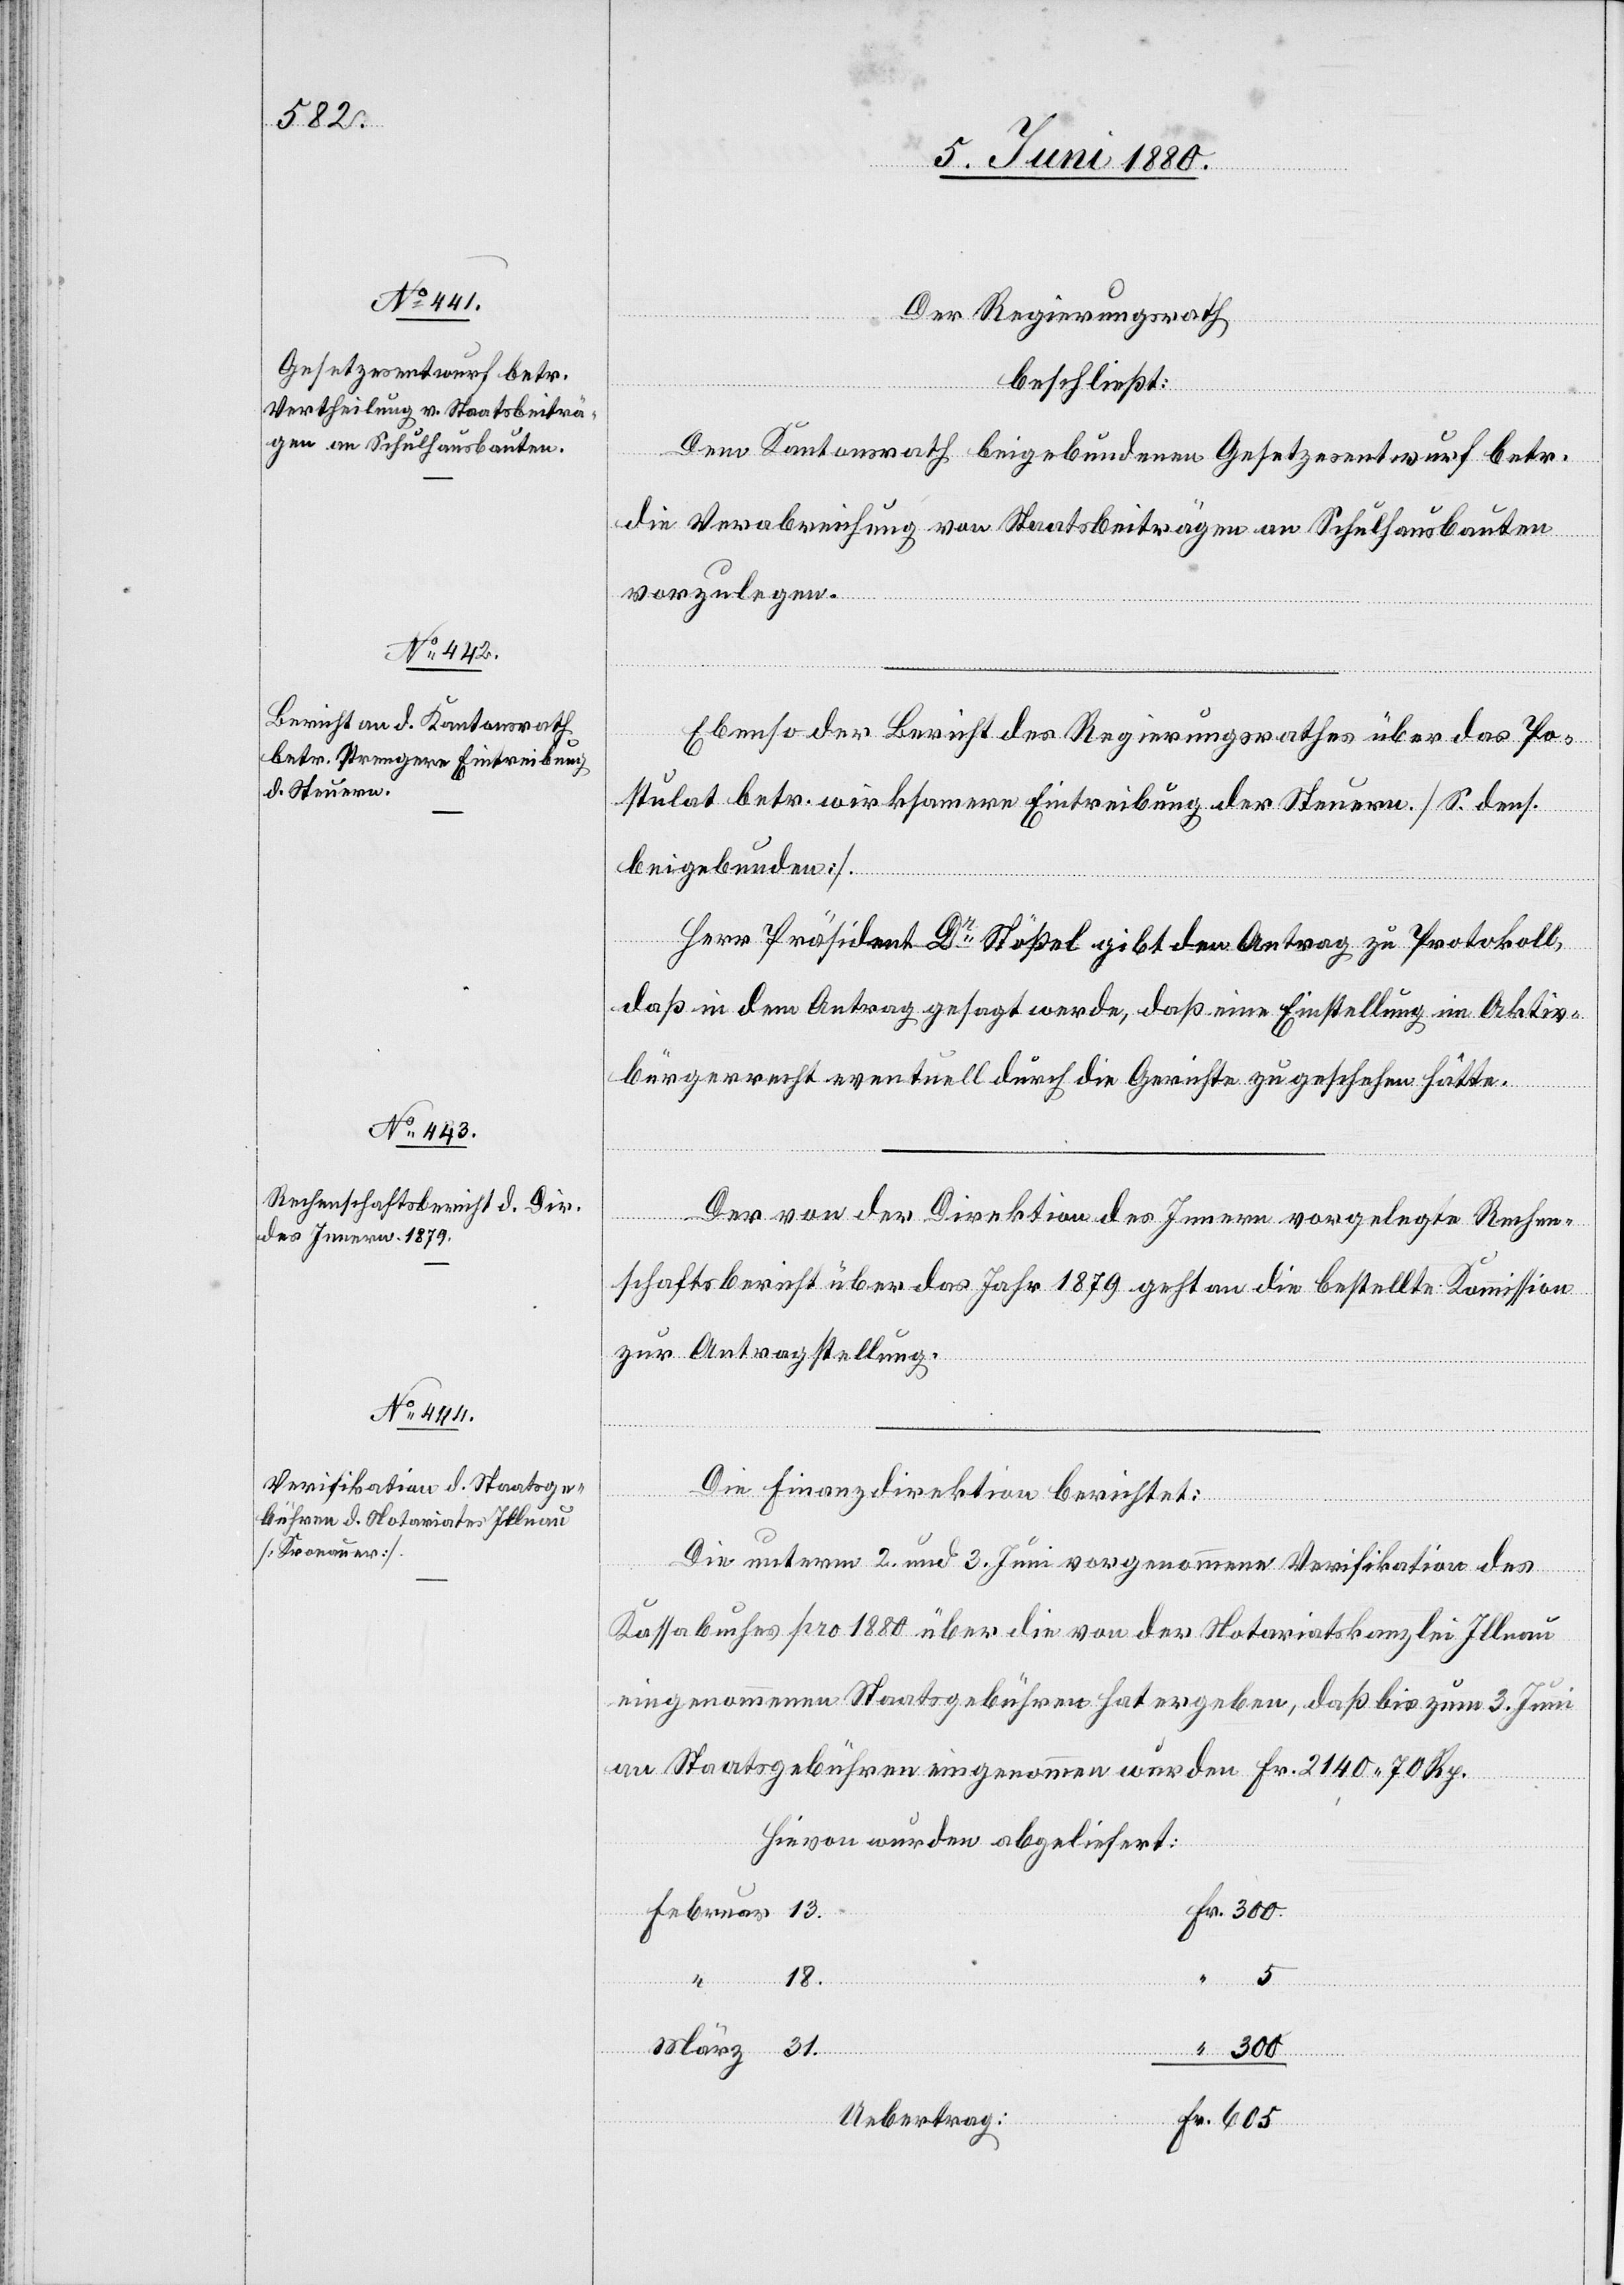
Der Regierungsrath
beschließt:
Dem Kantonsrath beigebundenen Gesetzesentwurf betr.
die Verabreichung von Staatsbeiträgen an Schulhausbauten
vorzulegen.
“
Ebenso der Bericht des Regierungsrathes über das Po¬
stulat betr. wirksamere Eintreibung der Steuern [S. dens.
300
beigebunden].
Herr Präsident Dr Stößel gibt den Antrag zu Protokoll,
daß in dem Antrag gesagt werde, daß eine Einstellung im Aktiv¬
bürgerrecht eventuell durch die Gerichte zu geschehen hätte.
18
“
Der von der Direktion des Innern vorgelegte Rechen¬
schaftsbericht über das Jahr 1879 geht an die bestellte Kommission
zur Antragstellung.
Die Finanzdirektion berichtet:
Die unterm 2. und 3. Juni vorgenommene Verifikation des
Kassabuches pro 1880 über die von der Notariatskanzlei Illnau
eingenommenen Staatsgebühren hat ergeben, daß bis zum 3. Juni
Hievon wurden abgeliefert:
5
März
31
eingen¬
ommen

an